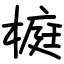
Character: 榳